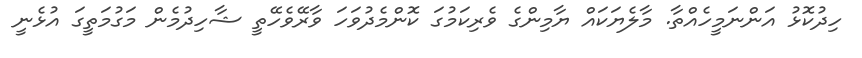
ހިދުކޮޅު އަންނަމީހެއްތާ. މާލެޔަކައް ޔާމިންގެ ވެރިކަމުގަ ކޮންމެދުވަހަ ވާރޭވެހޭތީ ޝާހިދުމެން މަގުމަތީގަ އުޅެނީ